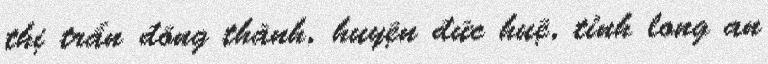
thị trấn đông thành, huyện đức huệ, tỉnh long an